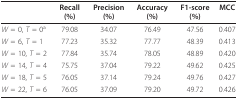
|  | Recall (%) | Precision (%) | Accuracy (%) | F1-score (%) | MCC |
 | --- | --- | --- | --- | --- | --- |
 | W = 0, T = 0a | 79.08 | 34.07 | 76.49 | 47.56 | 0.407 |
 | W = 6, T = 1 | 77.23 | 35.32 | 77.77 | 48.39 | 0.413 |
 | W = 10, T = 2 | 77.84 | 35.74 | 78.05 | 48.89 | 0.420 |
 | W = 14, T = 4 | 75.75 | 37.04 | 79.22 | 49.62 | 0.425 |
 | W = 18, T = 5 | 76.05 | 37.14 | 79.24 | 49.76 | 0.427 |
 | W = 22, T = 6 | 76.05 | 37.09 | 79.20 | 49.72 | 0.426 |